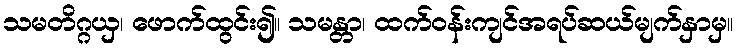
သမတိဂ္ဂယှ၊ ဖောက်ထွင်း၍။ သမန္တာ၊ ထက်ဝန်းကျင်အရပ်ဆယ်မျက်နှာမှ။